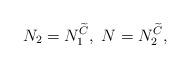
LaTeX: \begin{align*}N_2=N_1^{\widetilde C},\ N=N_2^{\widetilde C},\end{align*}